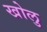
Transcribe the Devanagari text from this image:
खोलु